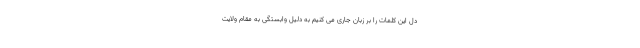
دل این کلمات را بر زبان جاری می کنیم به دلیل وابستگی به مقام ولایت